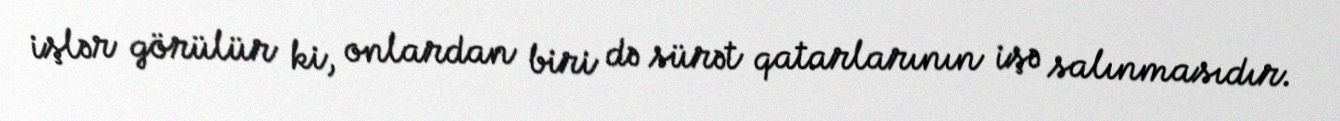
işlər görülür ki, onlardan biri də sürət qatarlarının işə salınmasıdır.